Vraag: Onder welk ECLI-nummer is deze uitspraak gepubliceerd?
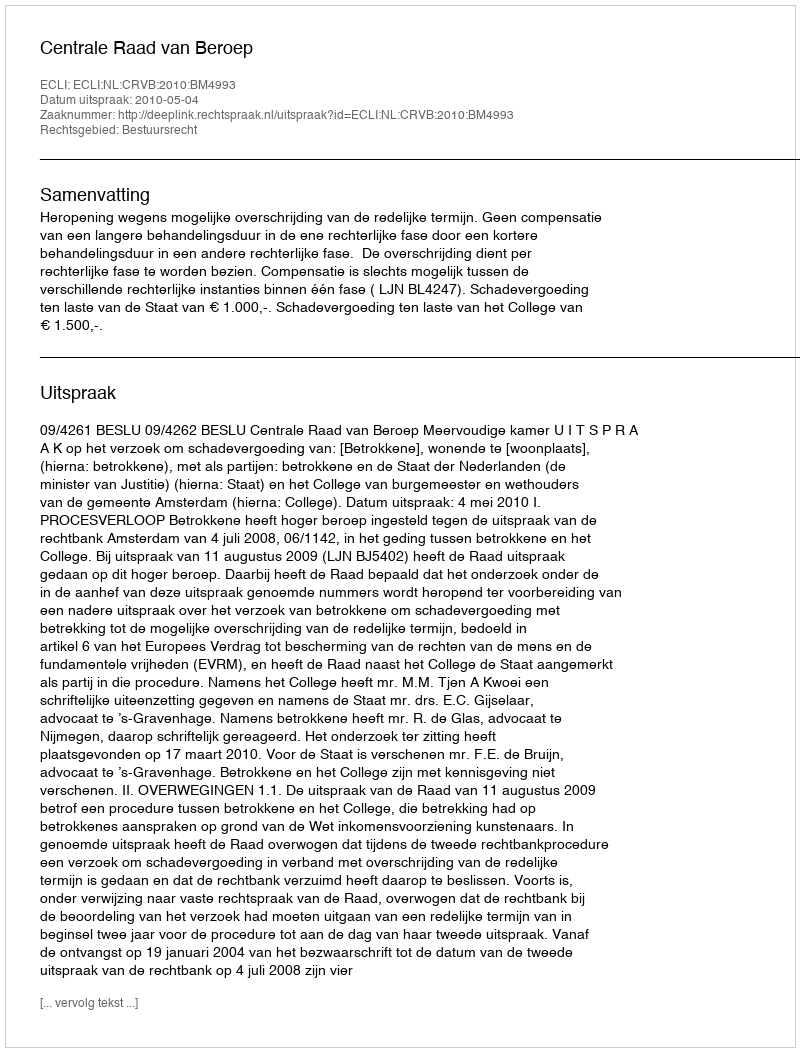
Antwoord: ECLI:NL:CRVB:2010:BM4993